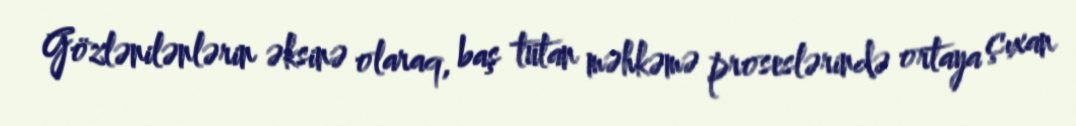
Gözlənilənlərin əksinə olaraq, baş tutan məhkəmə proseslərində ortaya çıxan